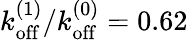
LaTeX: k_{\mathrm{off}}^{(1)}/k_{\mathrm{off}}^{(0)}=0.62